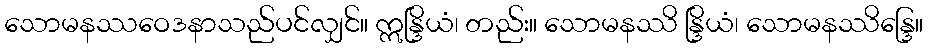
သောမနဿဝေဒနာသည်ပင်လျှင်။ ဣန္ဒြိယံ၊ တည်း။ သောမနဿိ န္ဒြိယံ၊ သောမနဿိန္ဒြေ။